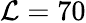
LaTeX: \mathcal{L}=70